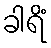
ခါရိံ